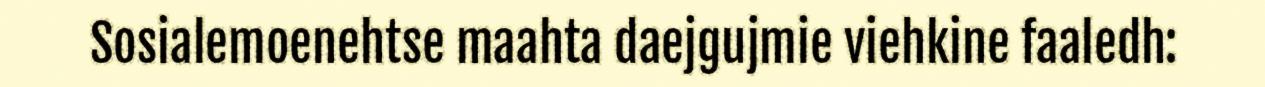
Sosialemoenehtse maahta daejgujmie viehkine faaledh: